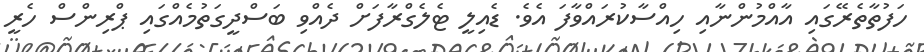
ހަފުތާތެރޭގައި އާއްމުންނާއި ހިއްސާކުރައްވާފަ އެވެ. ޑެއިލީ ޓެލެގްރާފަށް ދެއްވި ބަސްދީގަތުމެއްގައި ޕްްރިންސް ހެރީ